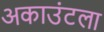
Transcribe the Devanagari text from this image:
अकाउंटला